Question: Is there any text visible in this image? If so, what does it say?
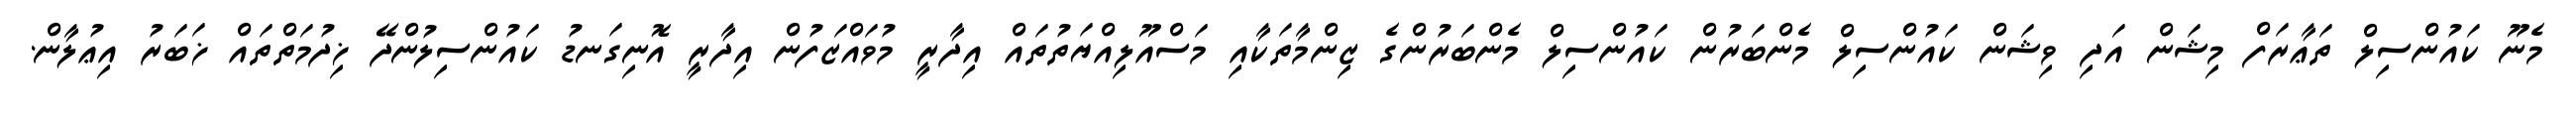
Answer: މެނޫ ކައުންސިލް ތަޢާރަފް މިޝަން އަދި ވިޝަން ކައުންސިލް މެންބަރުން ކައުންސިލް މެންބަރުންގެ ޒިންމާތަކާއި މަސްއޫލިއްޔަތުތައް އިދާރީ މުވައްޒަފުން އިދާރީ އޮނިގަނޑު ކައުންސިލުންދޭ ޚިދުމަތްތައް ޚަބަރު އިޢުލާން.